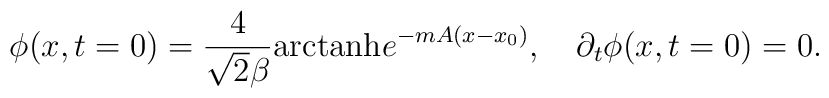
\phi(x,t=0)={4\over{\sqrt2\beta}}\hbox{arctanh} e^{-mA(x-x_0)},\quad\partial_t\phi(x,t=0)=0.